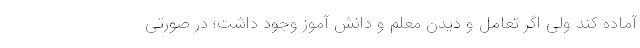
آماده کند ولی اگر تعامل و دیدن معلم و دانش آموز وجود داشت؛ در صورتی